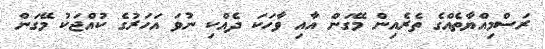
ރަސްމިއްޔާތެއްގެ ތެރެއިން މޭގަން އާއި ވާހަކަ ދެއްކި ނުވަ އަހަރުގެ ކުއްޖަކު މޭގަން